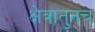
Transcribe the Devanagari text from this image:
क्षेत्रातुनच